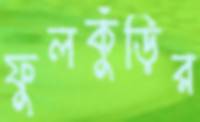
ফুলকুঁড়ির